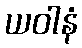
ယဝါနံ